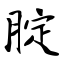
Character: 腚